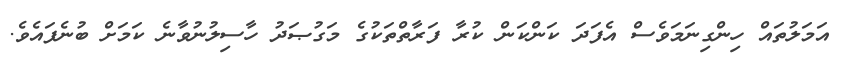
އަމަލުތައް ހިންގިނަމަވެސް އެފަދަ ކަންކަން ކުރާ ފަރާތްތަކުގެ މަގުޞަދު ހާސިލުނުވާނެ ކަމަށް ބުނެފައެވެ.